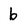
Character: b